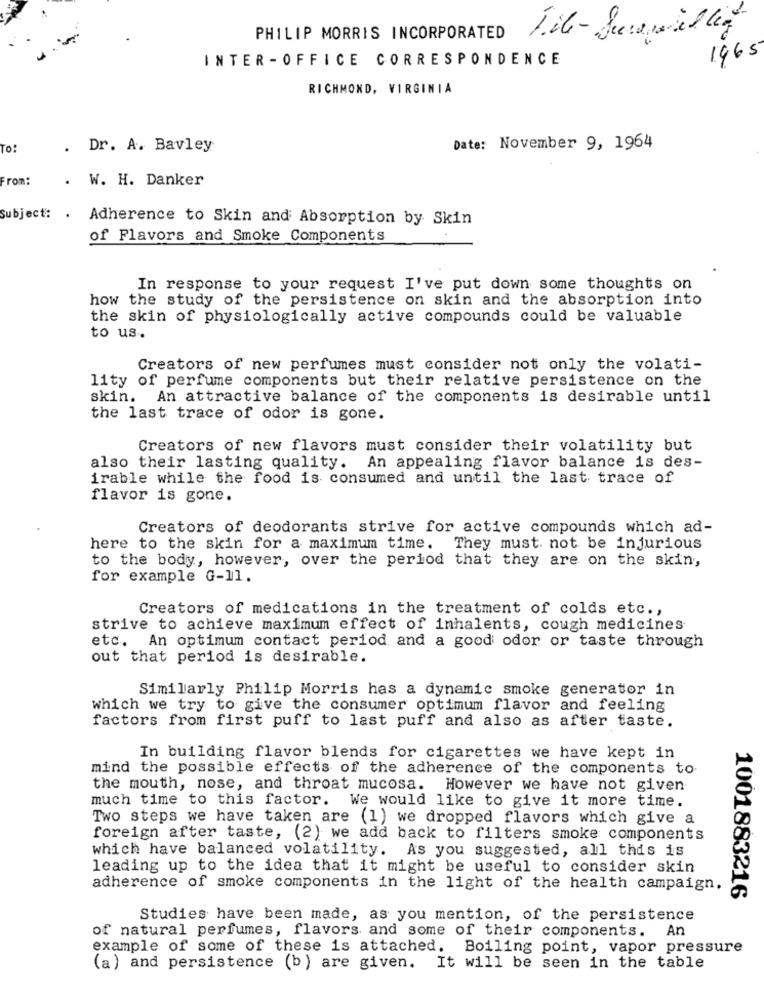
PHILIP MORRIS INCORPORATED
File- Surawillig
INTER -OFFICE CORRESPONDENCE
1965
RICHMOND, VIRGINIA
To:
. Dr. A. Bavley
Date: November 9, 1964
From:
. W. H. Danker
Subject:
. Adherence to Skin and Absorption by Skin
of Flavors and Smoke Components
In response to your request I've put down some thoughts on
how the study of the persistence on skin and the absorption into
the skin of physiologically active compounds could be valuable
to us.
Creators of new perfumes must consider not only the volati-
lity of perfume components but their relative persistence on the
skin.
An attractive balance of the components is desirable until
the last trace of odor is gone.
Creators of new flavors must consider their volatility but
also their lasting quality. An appealing flavor balance is des-
irable while the food is consumed and until the last trace of
flavor is gone.
Creators of deodorants strive for active compounds which ad-
here to the skin for a maximum time. They must not be injurious
to the body, however, over the period that they are on the skin,
for example G-11.
Creators of medications in the treatment of colds etc .,
strive to achieve maximum effect of inhalents, cough medicines
etc. An optimum contact period and a good odor or taste through
out that period is desirable.
Similarly Philip Morris has a dynamic smoke generator in
which we try to give the consumer optimum flavor and feeling
factors from first puff to last puff and also as after taste.
In building flavor blends for cigarettes we have kept in
mind the possible effects of the adherence of the components to
the mouth, nose, and throat mucosa. However we have not given
much time to this factor. We would like to give it more time.
Two steps we have taken are (1) we dropped flavors which give a
foreign after taste, (2) we add back to filters smoke components
which have balanced volatility. As you suggested, all this is
leading up to the idea that it might be useful to consider skin
adherence of smoke components in the light of the health campaign.
1001883216
Studies have been made, as you mention, of the persistence
of natural perfumes, flavors and some of their components. An
example of some of these is attached. Boiling point, vapor pressure
(a) and persistence (b) are given. It will be seen in the table